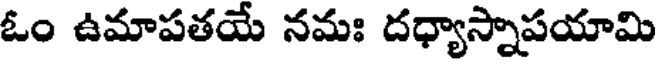
ఓం ఉమాపతయే నమః దధ్యాస్నాపయామి